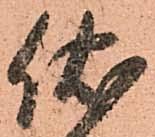
伏